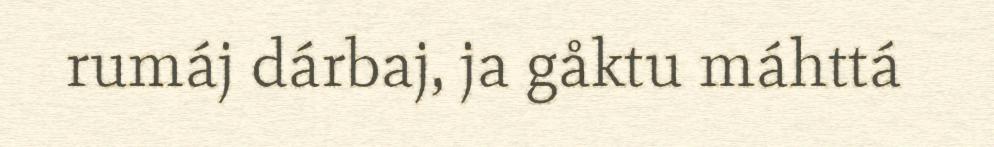
rumáj dárbaj, ja gåktu máhttá